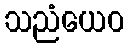
သညံယေဝ